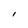
Character: I